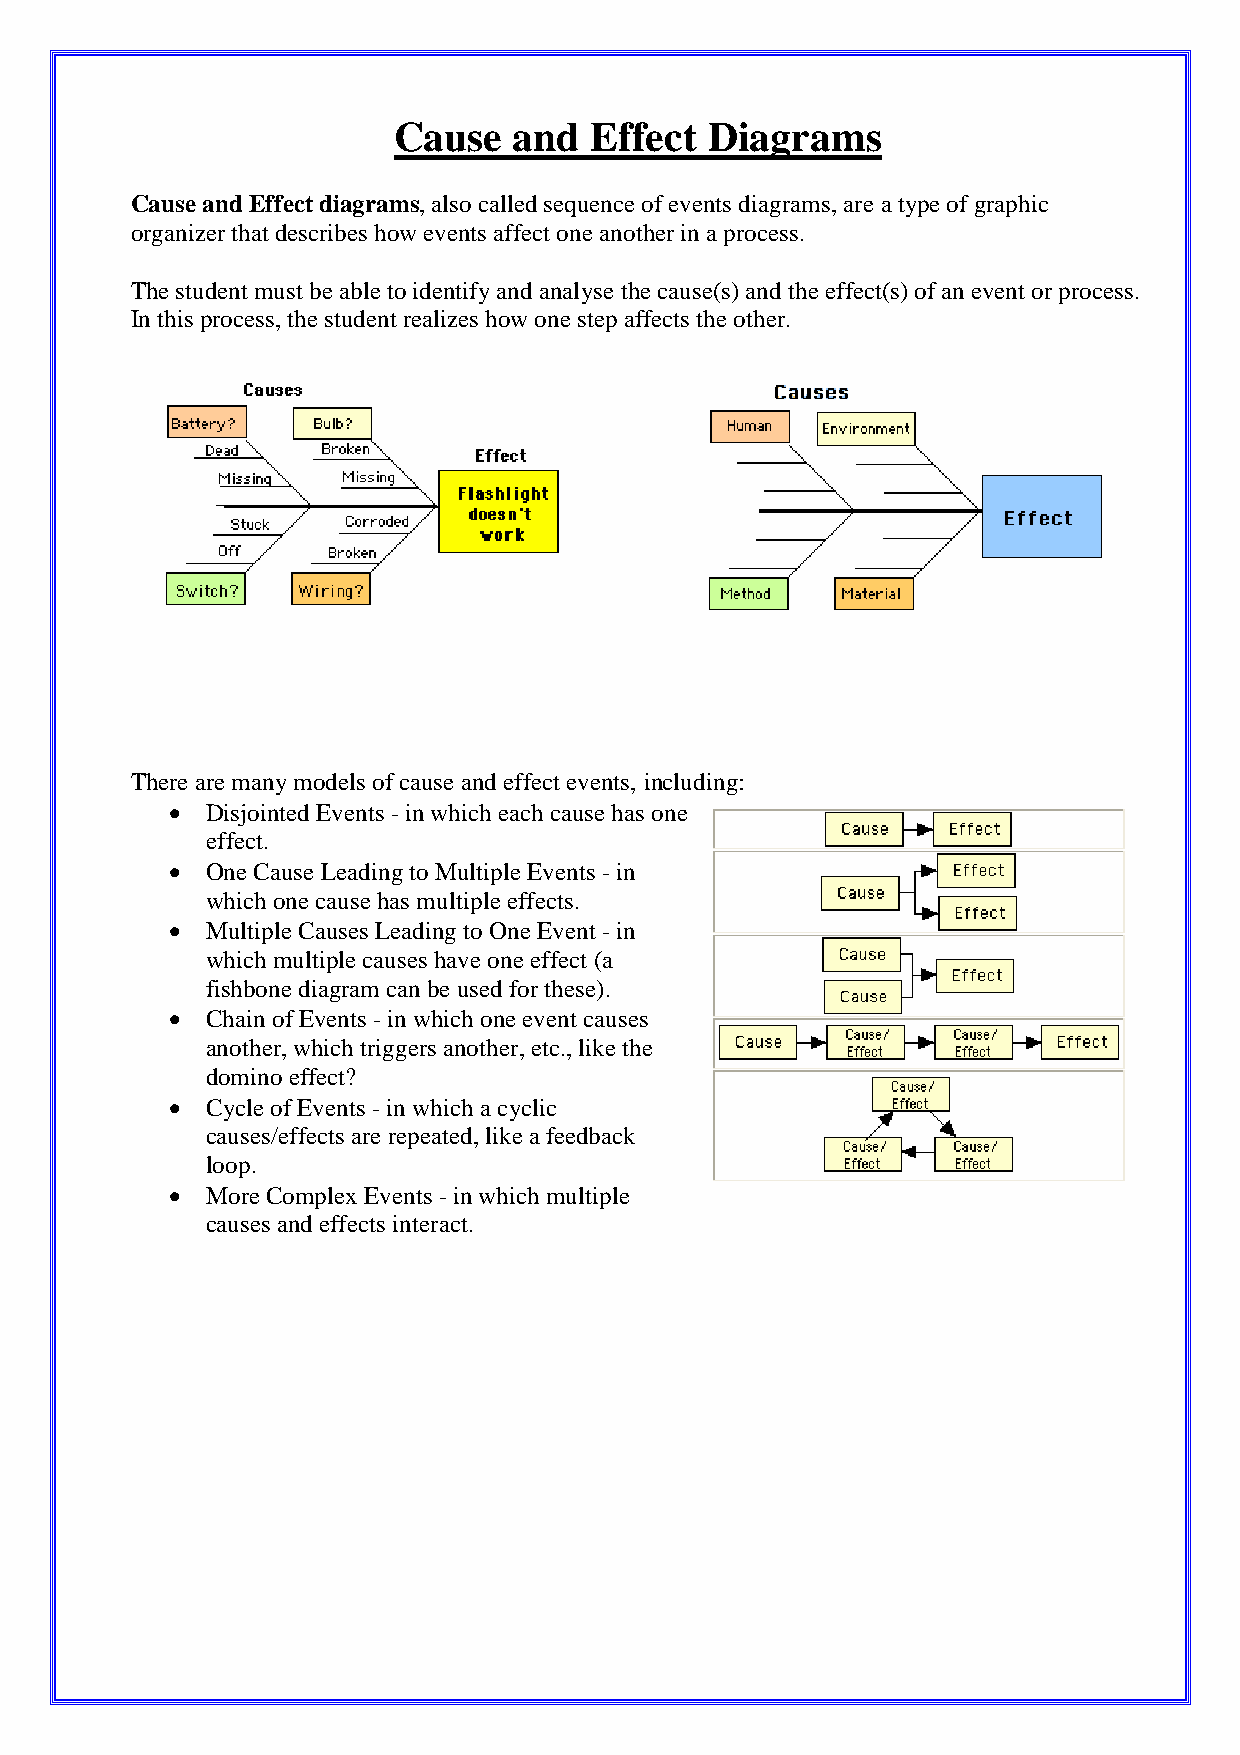
Cause   and  Effect  Diagrams
 Cause and Effect diagrams, also called sequence of events diagrams, are a type of graphic
 organizer that describes how events affect one another in a process.
 The student must be able to identify and analyse the cause(s) and the effect(s) of an event or process.
 In this process, the student realizes how one step affects the other.
 There are many models of cause and effect events, including:
 •  Disjointed Events - in which each cause has one
 effect.
 •  One Cause Leading to Multiple Events - in
 which one cause has multiple effects.
 •  Multiple Causes Leading to One Event - in
 which multiple causes have one effect (a
 fishbone diagram can be used for these).
 •  Chain of Events - in which one event causes
 another, which triggers another, etc., like the
 domino effect?
 •  Cycle of Events - in which a cyclic
 causes/effects are repeated, like a feedback
 loop.
 •  More Complex Events - in which multiple
 causes and effects interact.